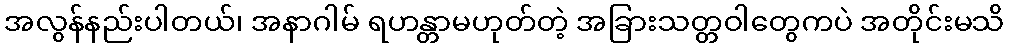
အလွန်နည်းပါတယ်၊ အနာဂါမ် ရဟန္တာမဟုတ်တဲ့ အခြားသတ္တဝါတွေကပဲ အတိုင်းမသိ